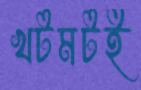
খটমটই